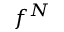
f ^ { N }